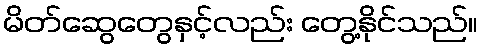
မိတ်ဆွေတွေနှင့်လည်း တွေ့နိုင်သည်။